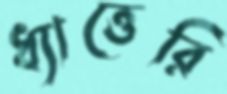
ধ্যাত্তেরি